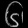
Digit: ၆